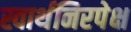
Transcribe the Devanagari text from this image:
स्वार्थनिरपेक्ष